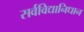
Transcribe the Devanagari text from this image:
सर्वविद्यानिधान